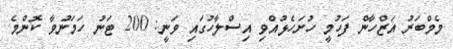
މެމްބަރު އަޒްހާން ފަހުމީ ހުށަހެޅުއްވި އިސްލާހުގައި ވަނީ: 200 ޓަނު ހަމަނުވާ ކޮންމެ